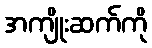
အကျိုးဆက်ကို